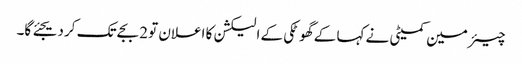
چیئرمین کمیٹی نے کہا کے گھوٹکی کے الیکشن کا اعلان تو 2 بجے تک کر دیجئے گا۔